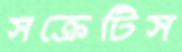
সক্রেটিস